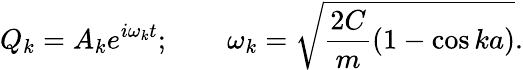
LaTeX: Q_{k}=A_{k}e^{i\omega_{k}t};\qquad\omega_{k}={\sqrt{{\frac{2C}{m}}(1-\cos{ka})}}.